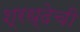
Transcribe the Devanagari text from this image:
श्रध्देची